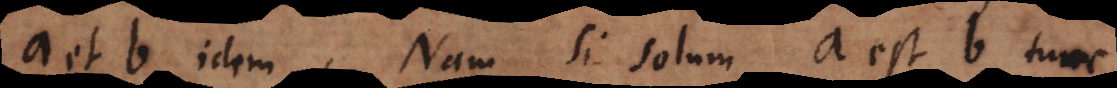
a et b idem. Nam si solum a est b tunc